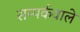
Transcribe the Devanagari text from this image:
सम्पर्कवाले